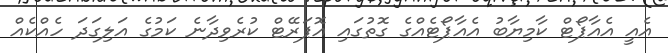
އެއީ އެއާޕޯޓް ކާމިޔާބު އެއާޕޯޓެއްގެ ގޮތުގައި އޮޕަރޭޓް ކުރެވިދާނެ ކަމުގެ އަލިގަދަ ހެއްކެއް